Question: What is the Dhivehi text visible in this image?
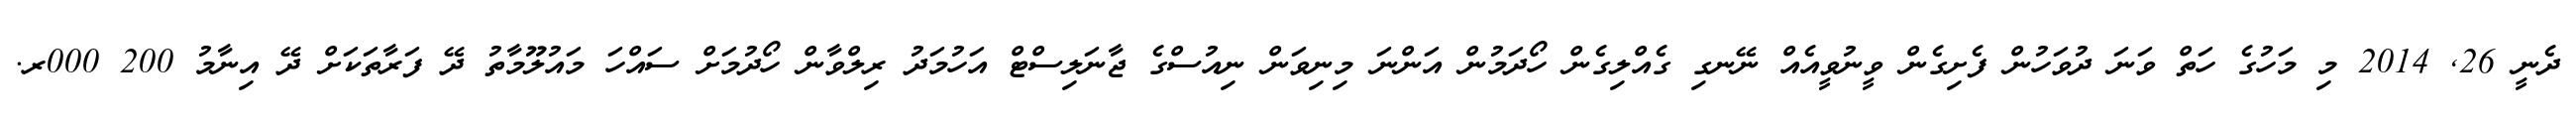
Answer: ދެނީ 26, 2014 މި މަހުގެ ހަތް ވަނަ ދުވަހުން ފެށިގެން ވީނުވީއެއް ނޭނގި ގެއްލިގެން ހޯދަމުން އަންނަ މިނިވަން ނިއުސްގެ ޖާނަލިސްޓް އަހުމަދު ރިލްވާން ހޯދުމަށް ސައްހަ މައުލޫމާތު ދޭ ފަރާތަކަށް ދޭ އިނާމު 200 000ރ.